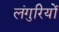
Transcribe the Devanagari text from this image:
लंगुरियों